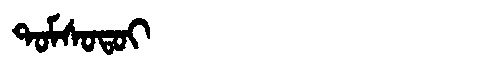
Manchu: ᡨᠣᠮᠰᠣᡨᠣᡳ
Romanization: TOMSOTOI